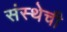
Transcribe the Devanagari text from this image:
संस्‍थेची